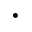
\cdot